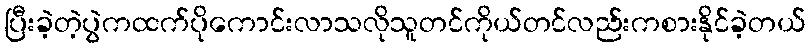
ပြီးခဲ့တဲ့ပွဲကထက်ပိုကောင်းလာသလိုသူတင်ကိုယ်တင်လည်းကစားနိုင်ခဲ့တယ်